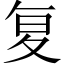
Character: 复